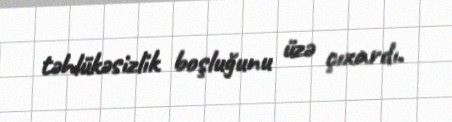
təhlükəsizlik boşluğunu üzə çıxardı.